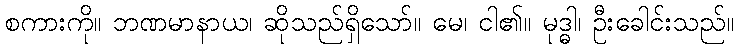
စကားကို။ ဘဏမာနာယ၊ ဆိုသည်ရှိသော်။ မေ၊ ငါ၏။ မုဒ္ဓါ၊ ဦးခေါင်းသည်။